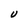
Character: U